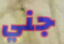
جني